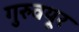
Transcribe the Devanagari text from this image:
गुरुवयूर